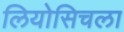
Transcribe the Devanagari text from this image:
लियोसिचला